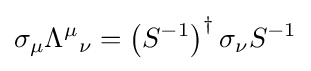
\sigma _{\mu }{\Lambda ^{\mu }}_{\nu }=\left(S^{-1}\right)^{\dagger }\sigma _{\nu }S^{-1}